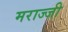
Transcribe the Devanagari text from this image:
मराज्जी